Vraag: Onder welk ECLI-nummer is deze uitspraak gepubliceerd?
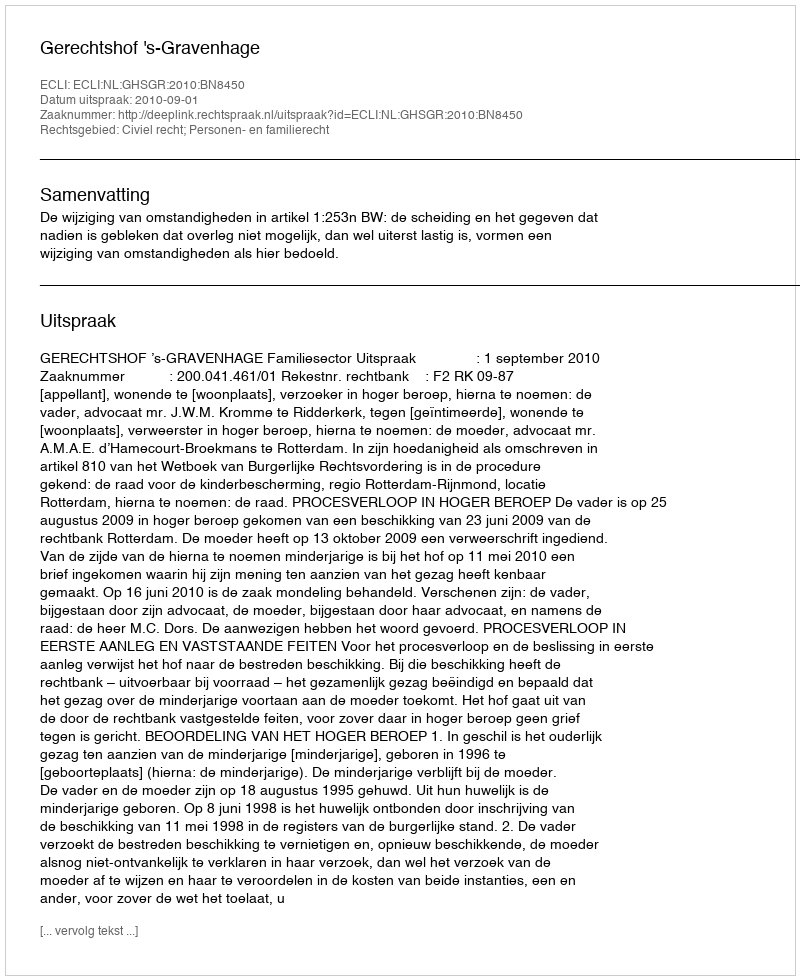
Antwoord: ECLI:NL:GHSGR:2010:BN8450